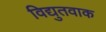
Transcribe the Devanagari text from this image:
विद्युतवाक